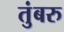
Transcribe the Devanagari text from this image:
तुंबरु